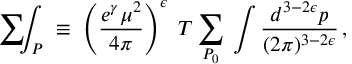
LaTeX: \mathrm { ~ \sum ~ } \! \! \! \! \! \! \int _ { P } \; \equiv \; \left( \frac { e ^ { \gamma } \mu ^ { 2 } } { 4 \pi } \right) ^ { \epsilon } \; T \sum _ { P _ { 0 } } \: \int { \frac { d ^ { 3 - 2 \epsilon } p } { ( 2 \pi ) ^ { 3 - 2 \epsilon } } } \, ,